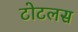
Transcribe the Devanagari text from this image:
टोटलस